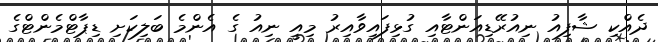
ދެއްކި ޝާފިއު ނިއުރޭޑިއަންޓާއި ގުޅިފައިވާއިރު މިއީ ނިއު ގެ އެންމެ ބަލިކަށި ޑިޕާޓްމެންޓްގެ